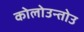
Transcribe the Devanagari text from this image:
कोलोउन्तोउ